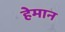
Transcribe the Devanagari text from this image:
हेमान